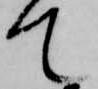
て